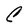
Character: C